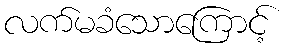
လက်မခံသောကြောင့်